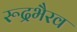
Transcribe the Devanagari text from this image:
रूद्रभैरव